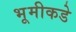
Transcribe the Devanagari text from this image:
भूमीकडे